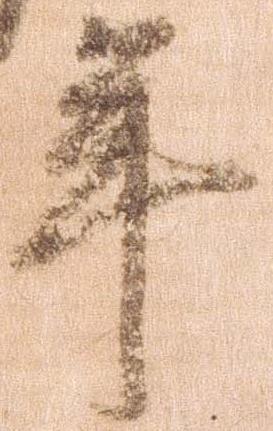
年